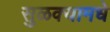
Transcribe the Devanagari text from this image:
सुळक्यामधे